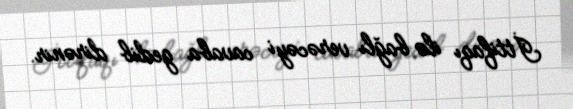
İttifaqı ilə bağlı verəcəyi cavaba gedib dirənir.